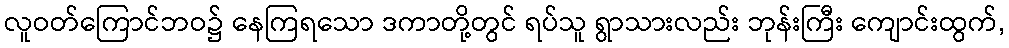
လူဝတ်ကြောင်ဘဝ၌ နေကြရသော ဒကာတို့တွင် ရပ်သူ ရွာသားလည်း ဘုန်းကြီး ကျောင်းထွက်,